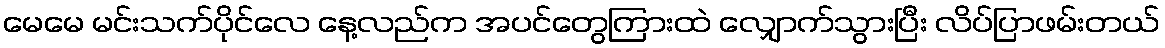
မေမေ မင်းသက်ပိုင်လေ နေ့လည်က အပင်တွေကြားထဲ လျှောက်သွားပြီး လိပ်ပြာဖမ်းတယ်